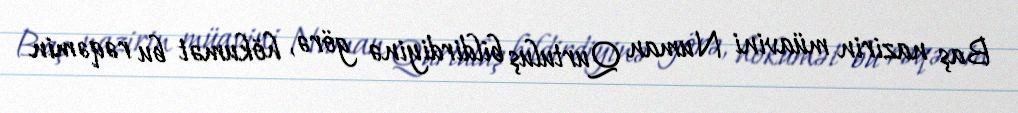
Baş nazirin müavini Numan Qurtuluş bildirdiyinə görə, hökumət bu rəqəmin